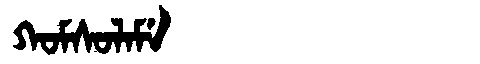
Manchu: ᡴᠣᠮᠰᠣᠯᠠᠮᡝ
Romanization: KOMSOLAME